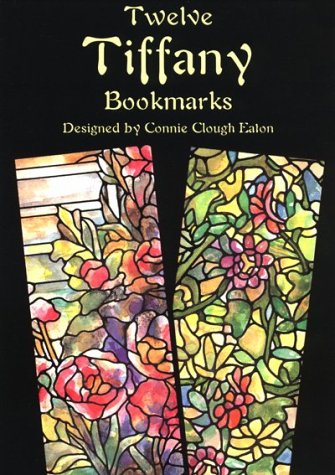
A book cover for Twelve Tiffany Bookmarks (Dover Bookmarks); Louis Comfort Tiffany; Crafts, Hobbies & Home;